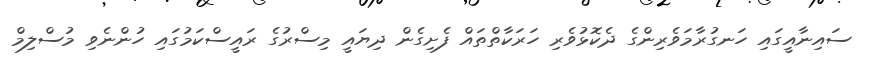
ސައިނާއީގައި ހަނގުރާމަވެރިންގެ ދެކޮޅުވެރި ހަރަކާތްތައް ފެށިގެން ދިޔައީ މިސްރުގެ ރައީސްކަމުގައި ހުންނެވި މުސްލިމް